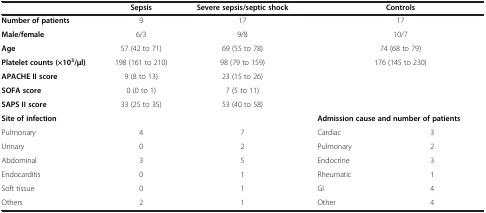
<table><thead><tr><td><b> </b></td><td><b>Sepsis</b></td><td><b>Severe sepsis/septic shock</b></td><td colspan="2"><b>Controls</b></td></tr></thead><tbody><tr><td><b>Number of patients</b></td><td>9</td><td>17</td><td colspan="2">17</td></tr><tr><td><b>Male/female</b></td><td>6/3</td><td>9/8</td><td colspan="2">10/7</td></tr><tr><td><b>Age</b></td><td>57 (42 to 71)</td><td>69 (55 to 78)</td><td colspan="2">74 (68 to 79)</td></tr><tr><td><b>Platelet counts (×10</b><sup><b>3</b></sup><b>/μl)</b></td><td>198 (161 to 210)</td><td>98 (79 to 159)</td><td colspan="2">176 (145 to 230)</td></tr><tr><td><b>APACHE II score</b></td><td>9 (8 to 13)</td><td>23 (15 to 26)</td><td colspan="2"> </td></tr><tr><td><b>SOFA score</b></td><td>0 (0 to 1)</td><td>7 (5 to 11)</td><td colspan="2"> </td></tr><tr><td><b>SAPS II score</b></td><td>33 (25 to 35)</td><td>53 (40 to 58)</td><td colspan="2"> </td></tr><tr><td><b>Site of infection</b></td><td> </td><td> </td><td colspan="2"><b>Admission cause and number of patients</b></td></tr><tr><td>Pulmonary</td><td>4</td><td>7</td><td>Cardiac</td><td>3</td></tr><tr><td>Urinary</td><td>0</td><td>2</td><td>Pulmonary</td><td>2</td></tr><tr><td>Abdominal</td><td>3</td><td>5</td><td>Endocrine</td><td>3</td></tr><tr><td>Endocarditis</td><td>0</td><td>1</td><td>Rheumatic</td><td>1</td></tr><tr><td>Soft tissue</td><td>0</td><td>1</td><td>GI</td><td>4</td></tr><tr><td>Others</td><td>2</td><td>1</td><td>Other</td><td>4</td></tr></tbody></table>